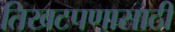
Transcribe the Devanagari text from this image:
तिखटपणासाठी